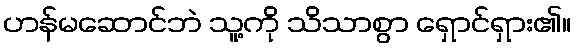
ဟန်မဆောင်ဘဲ သူ့ကို သိသာစွာ ရှောင်ရှား၏။